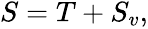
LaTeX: \begin{array}{r}{S=T+S_{v},}\end{array}